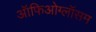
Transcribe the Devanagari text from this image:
ऑफिओग्लॉसम